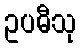
ဥပဓီသု